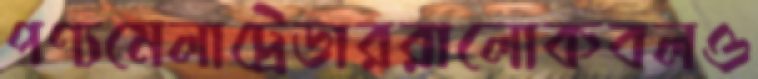
পণ্যমেলাট্রেডাররালোকবলও